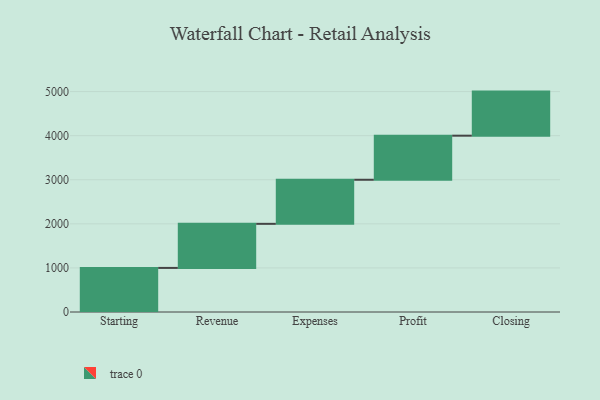
{"axis": {"x": "Step", "y": "Value"}, "legend": [""], "data": [{"x": "Starting", "y": 1000, "type": ""}, {"x": "Revenue", "y": 1000, "type": ""}, {"x": "Expenses", "y": 1000, "type": ""}, {"x": "Profit", "y": 1000, "type": ""}, {"x": "Closing", "y": 1000, "type": ""}]}